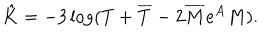
LaTeX: \hat { K } = - 3 \log ( T + \overline { { T } } - 2 \overline { { M } } e ^ { A } M ) .